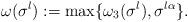
LaTeX: \begin{align*}\omega(\sigma^{l}):=\max\{\omega_{3}(\sigma^{l}),\sigma^{l\alpha}\}.\end{align*}